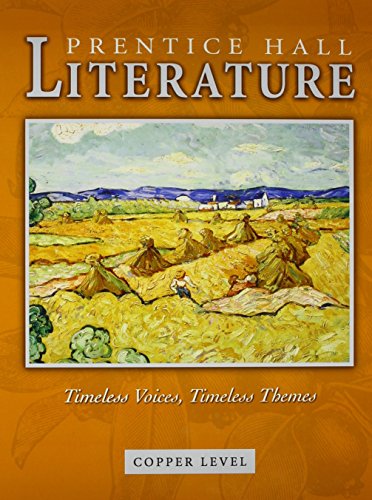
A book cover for PRENTICE HALL LITERATURE TIMELESS VOICES TIMELESS THEMES STUDENT        EDITIONGRADE 6 REVISED 7 EDITION 2005C; PRENTICE HALL; Children's Books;